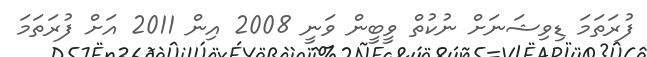
ފުރަތަމަ ޑިވިޝަނަށް ނުކުތް ވީބީން ވަނީ 2008 އިން 2011 އަށް ފުރަތަމަ